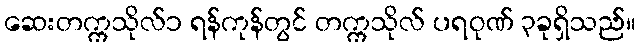
ဆေးတက္ကသိုလ်၁ ရန်ကုန်တွင် တက္ကသိုလ် ပရဝုဏ် ၃ခုရှိသည်။